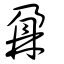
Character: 鼐